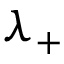
\lambda _ { + }